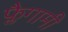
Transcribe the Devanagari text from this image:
फ्लैगामी